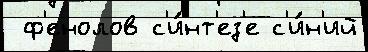
 ф'енолов с'и́нт'ез'е с'и́н'ий